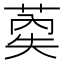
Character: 𰱤